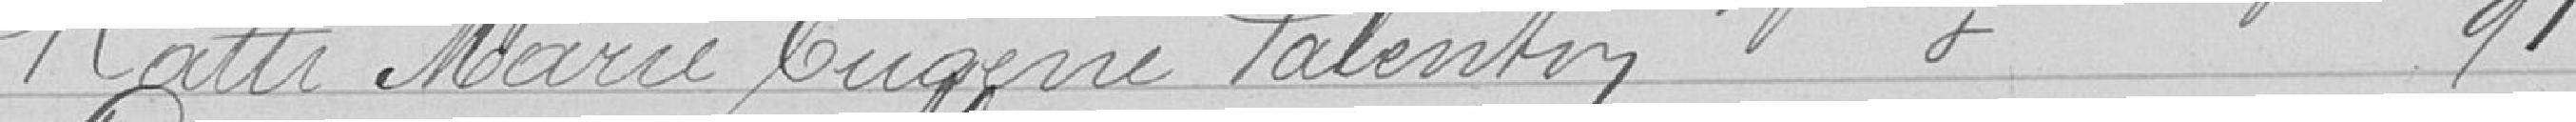
Ratti Marie Eugène Valentin, Faubourg des Vosges 91